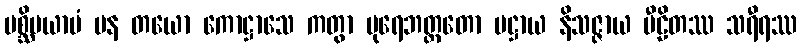
ပစ္ဆိမယာမံ ပန တယော ကောဋ္ဌာသေ ကတွာ ပုရေဘတ္တတော ပဋ္ဌာယ နိသဇ္ဇာယ ပီဠိတဿ သရီရဿ